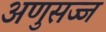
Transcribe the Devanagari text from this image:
अणुसज्ज